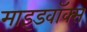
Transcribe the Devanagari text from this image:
माइंडवॉक्स